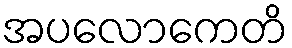
အပလောကေတိ